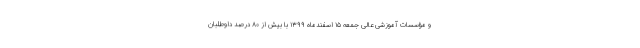
و مؤسسات آموزشی عالی جمعه ۱۵ اسفندماه ۱۳۹۹ با بیش از ۸۰ درصد داوطلبان